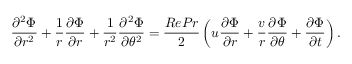
\frac { \partial ^ { 2 } \Phi } { \partial r ^ { 2 } } + \frac { 1 } { r } \frac { \partial \Phi } { \partial r } + \frac { 1 } { r ^ { 2 } } \frac { \partial ^ { 2 } \Phi } { \partial \theta ^ { 2 } } = \frac { R e P r } { 2 } \left( u \frac { \partial \Phi } { \partial r } + \frac { v } { r } \frac { \partial \Phi } { \partial \theta } + \frac { \partial \Phi } { \partial t } \right) .